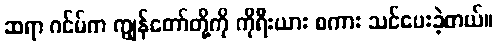
ဆရာ ဂင်မ်က ကျွန်တော်တို့ကို ကိုရီးယား စကား သင်ပေးခဲ့တယ်။